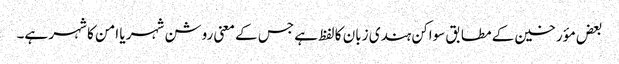
بعض مؤرخین کے مطابق سواکن ہندی زبان کا لفظ ہے جس کے معنی روشن شہر یا امن کا شہر ہے۔